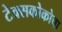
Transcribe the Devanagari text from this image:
टेक्सकोकोचा